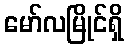
မော်လမြိုင်ရှိ